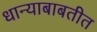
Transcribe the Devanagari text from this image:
धान्याबाबतीत